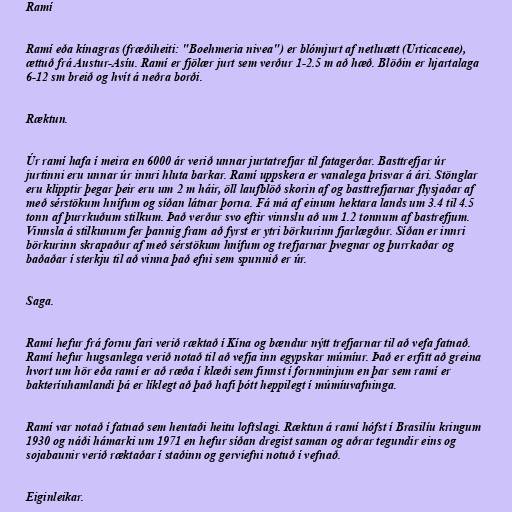
Ramí

Ramí eða kínagras (fræðiheiti: "Boehmeria nivea") er blómjurt af netluætt (Urticaceae),
ættuð frá Austur-Asíu. Ramí er fjölær jurt sem verður 1-2.5 m að hæð. Blöðin er hjartalaga
6-12 sm breið og hvít á neðra borði.

Ræktun.

Úr ramí hafa í meira en 6000 ár verið unnar jurtatrefjar til fatagerðar. Basttrefjar úr
jurtinni eru unnar úr innri hluta barkar. Ramí uppskera er vanalega þrisvar á ári. Stönglar
eru klipptir þegar þeir eru um 2 m háir, öll laufblöð skorin af og basttrefjarnar flysjaðar af
með sérstökum hnífum og síðan látnar þorna. Fá má af einum hektara lands um 3.4 til 4.5
tonn af þurrkuðum stilkum. Það verður svo eftir vinnslu að um 1.2 tonnum af bastrefjum.
Vinnsla á stilkunum fer þannig fram að fyrst er ytri börkurinn fjarlægður. Síðan er innri
börkurinn skrapaður af með sérstökum hnífum og trefjarnar þvegnar og þurrkaðar og
baðaðar í sterkju til að vinna það efni sem spunnið er úr.

Saga.

Ramí hefur frá fornu fari verið ræktað í Kína og bændur nýtt trefjarnar til að vefa fatnað.
Ramí hefur hugsanlega verið notað til að vefja inn egypskar múmíur. Það er erfitt að greina
hvort um hör eða ramí er að ræða í klæði sem finnst í fornminjum en þar sem ramí er
bakteríuhamlandi þá er líklegt að það hafi þótt heppilegt í múmíuvafninga.

Ramí var notað í fatnað sem hentaði heitu loftslagi. Ræktun á ramí hófst í Brasilíu kringum
1930 og náði hámarki um 1971 en hefur síðan dregist saman og aðrar tegundir eins og
sojabaunir verið ræktaðar í staðinn og gerviefni notuð í vefnað.

Eiginleikar.